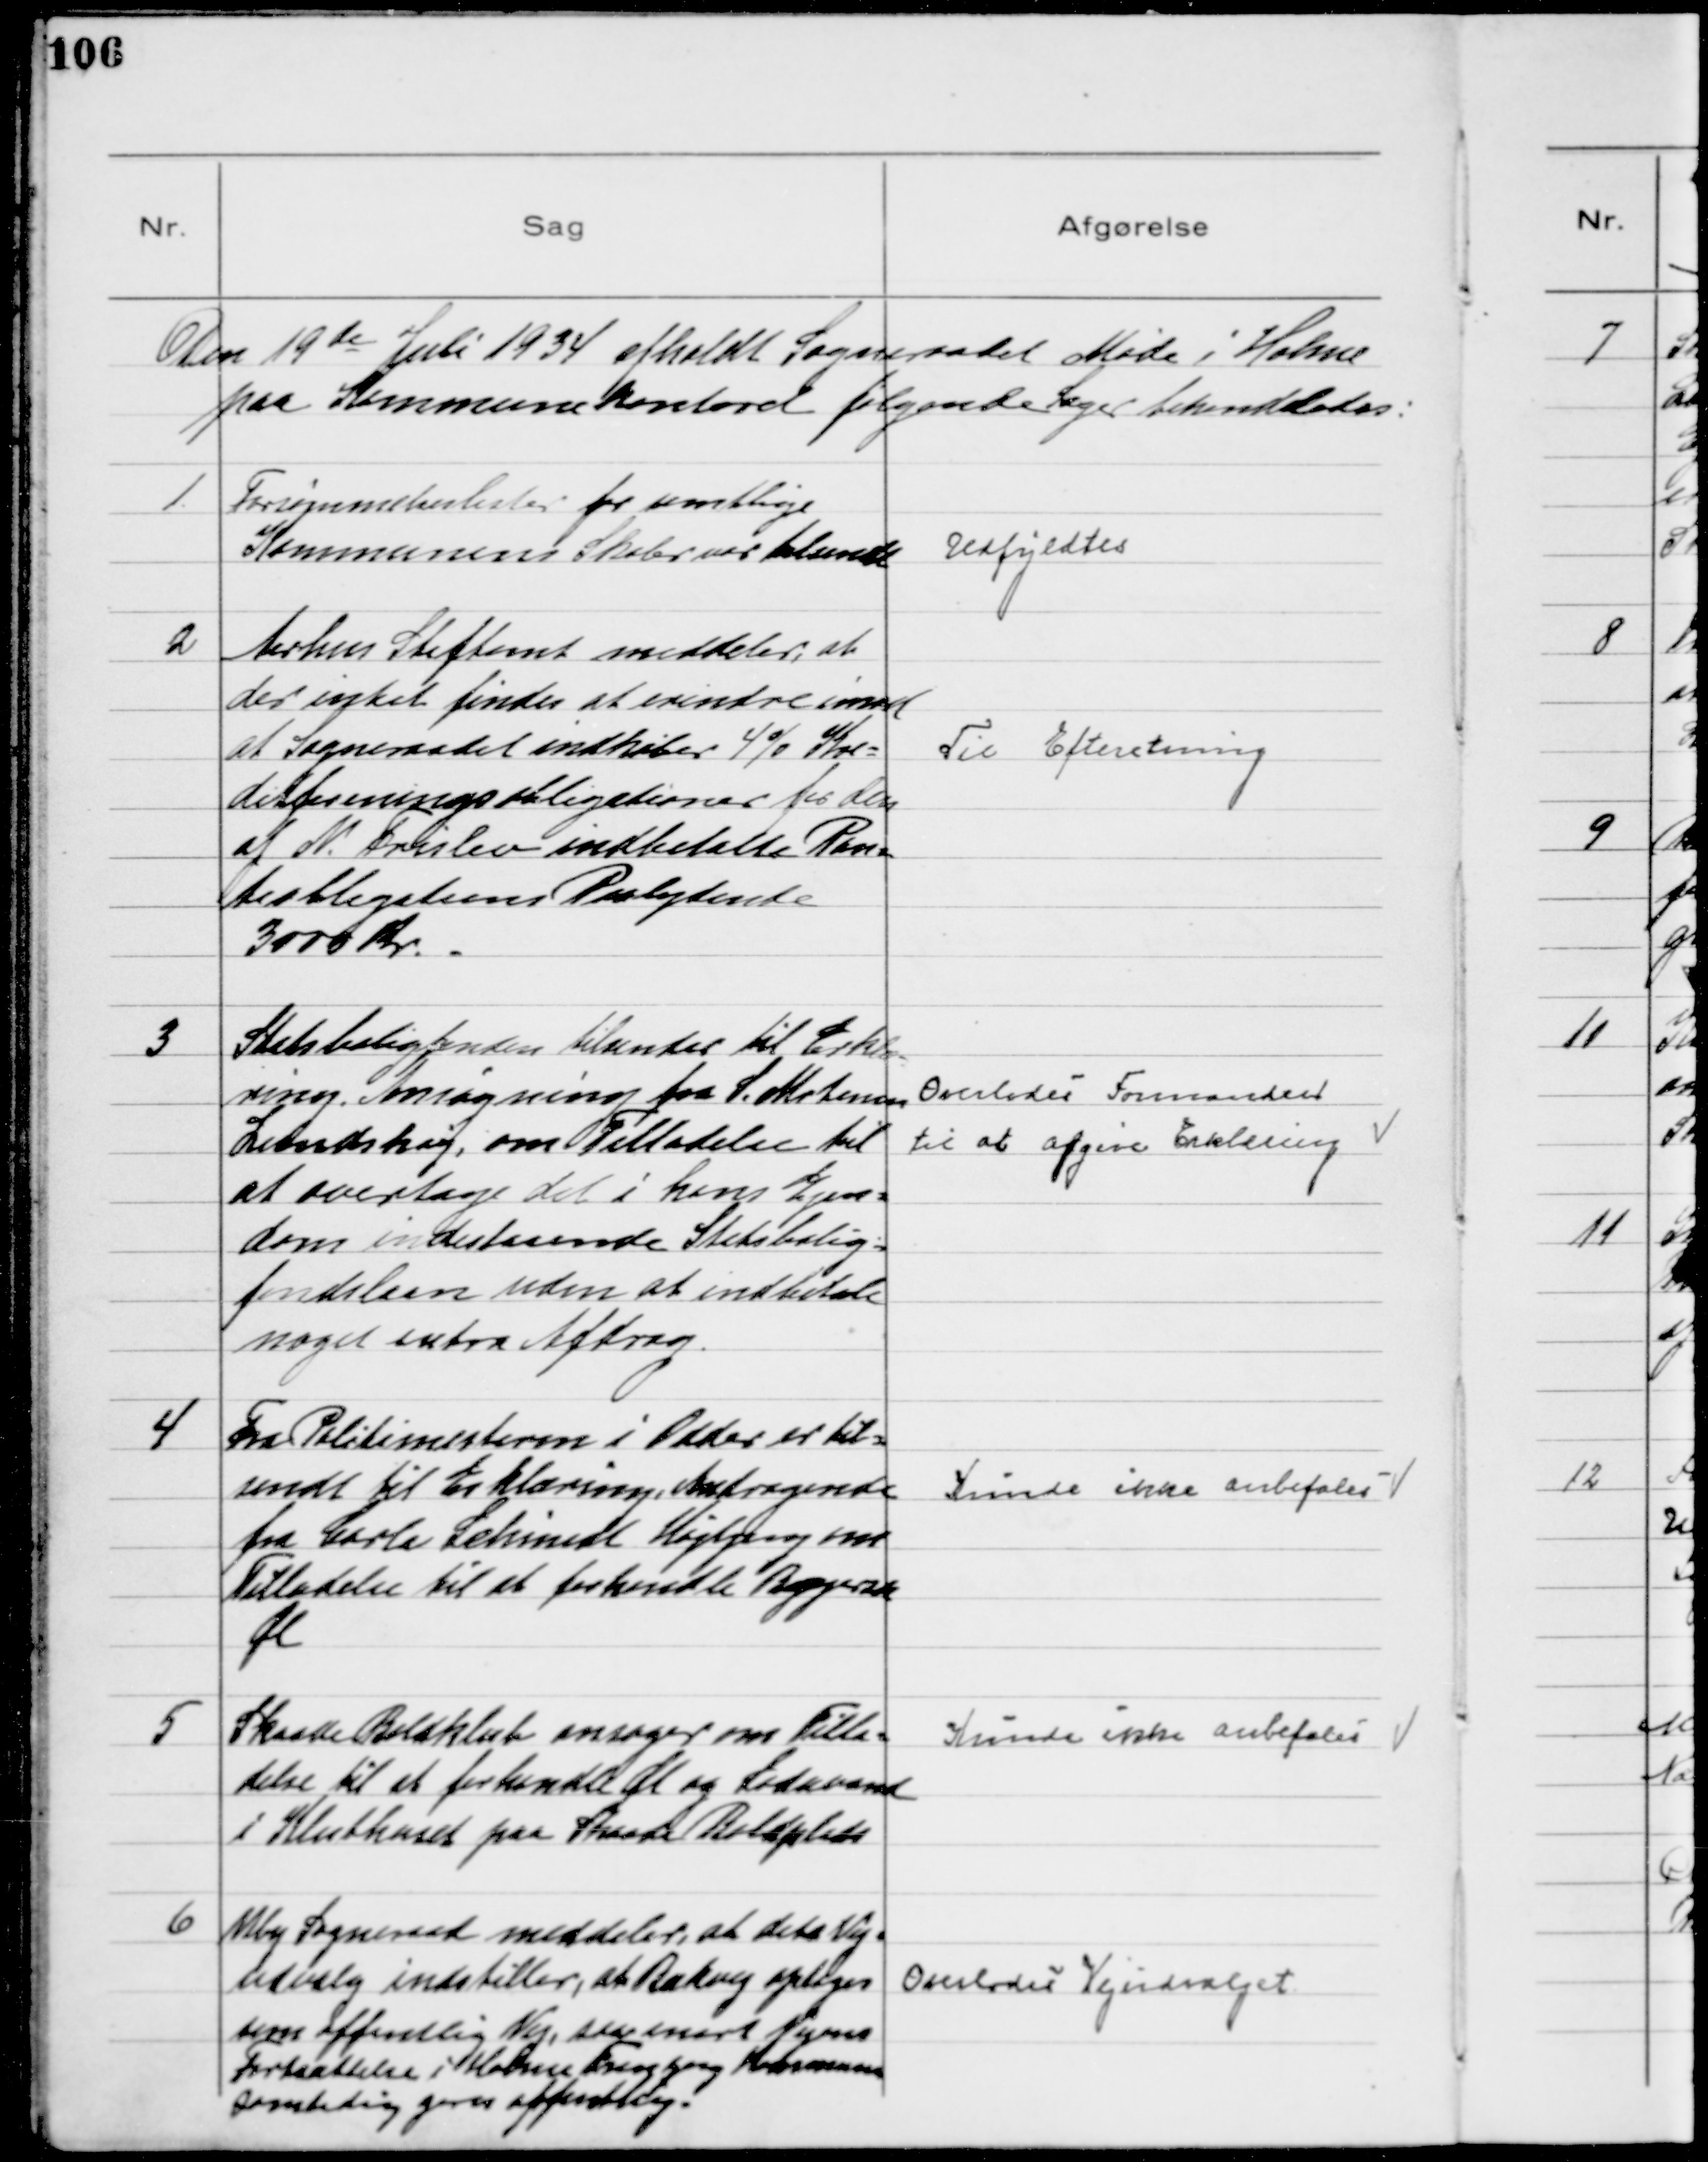
Transskription:
Den 19de Juli 1934 afholdt Sogneraadet Møde i Holme
paa Kommunekontoret følgende Sager behandledes:

1
Forsømmelseslister fra samtlige
Kommunens Skoler var tilsendt

Udfyldtes

2
Aarhus Stiftamt meddeler, at
der intet findes at erindre imod
at Sogneraadet indkøber 4% Kre=
ditforeningsobligationer for den
af N. Frislev indbetalte Ren=
teobligations Paalydende
3000 Kr.

Til Efteretning

3
Statsboligfonden tilsender til Erklæ-
ring. Ansøgning fra S. Mortensen
Lundshøj, om Tilladelse til
at overtage det i hans Ejen=
dom indestaaende Statsbolig=
fondslaan uden at indbetale
noget ekstra Afdrag.
Overlodes Formanden
til at afgive Erklæring

4
Fra Politimesteren i Odder er til=
sendt til Erklæring Andragende
fra Carla Schmidt Højbjerg om
Tilladelse til at forhandle Bajersk
Øl

Kunde ikke anbefales

5
Skaade Boldklub ansøger om Tilla=
delse til at forhandle Øl og Sodavand
i Klubhuset paa Skaade Boldplads

Kunde ikke anbefales

6
Viby Sogneraad meddeler, at dets Vej=
udvalg indstiller, at Bækvej optages
som offentlig Vej, saa snart Vejens
Fortsættelse i Holme Tranbjerg Kommune
samtidig gøres offentlig.

Overlodes Vejudvalget